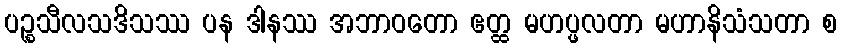
ပဉ္စသီလသဒိသဿ ပန ဒါနဿ အဘာဝတော ဧတ္ထ မဟပ္ဖလတာ မဟာနိသံသတာ စ